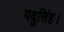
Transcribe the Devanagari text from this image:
यदुसिंह।